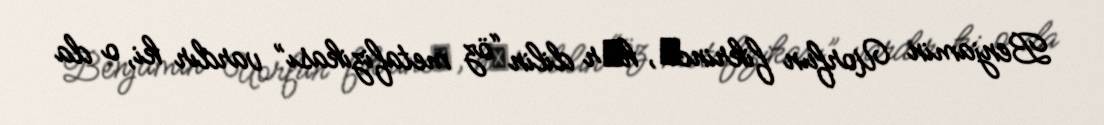
Benjamin Uorfun fikrincә, hәr dilin “öz metafizikası” vardır ki, o da